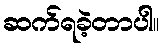
ဆက်ရခဲ့တာပါ။